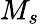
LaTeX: M_{s}